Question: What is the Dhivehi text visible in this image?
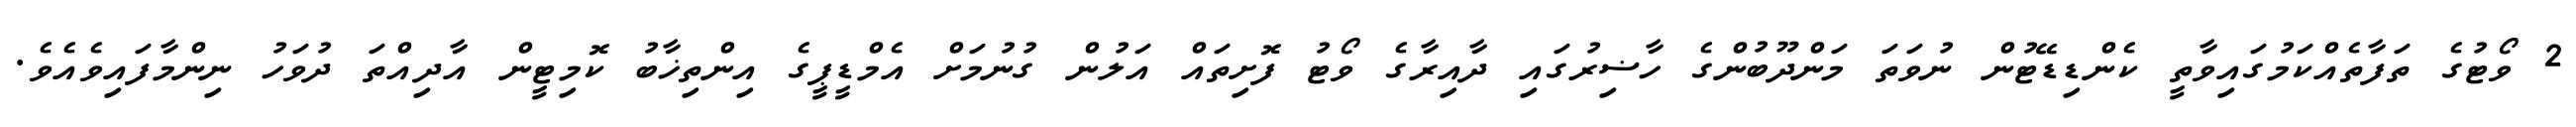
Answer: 2 ވޯޓުގެ ތަފާތެއްކަމުގައިވާތީ ކެންޑިޑޭޓުން ނުވަތަ މަންދޫބުންގެ ހާޟިރުގައި ދާއިރާގެ ވޯޓު ފޮށިތައް އަލުން ގުނުމަށް އެމްޑީޕީގެ އިންތިޚާބު ކޮމިޓީން އާދިއްތަ ދުވަހު ނިންމާފައިވެއެވެ.